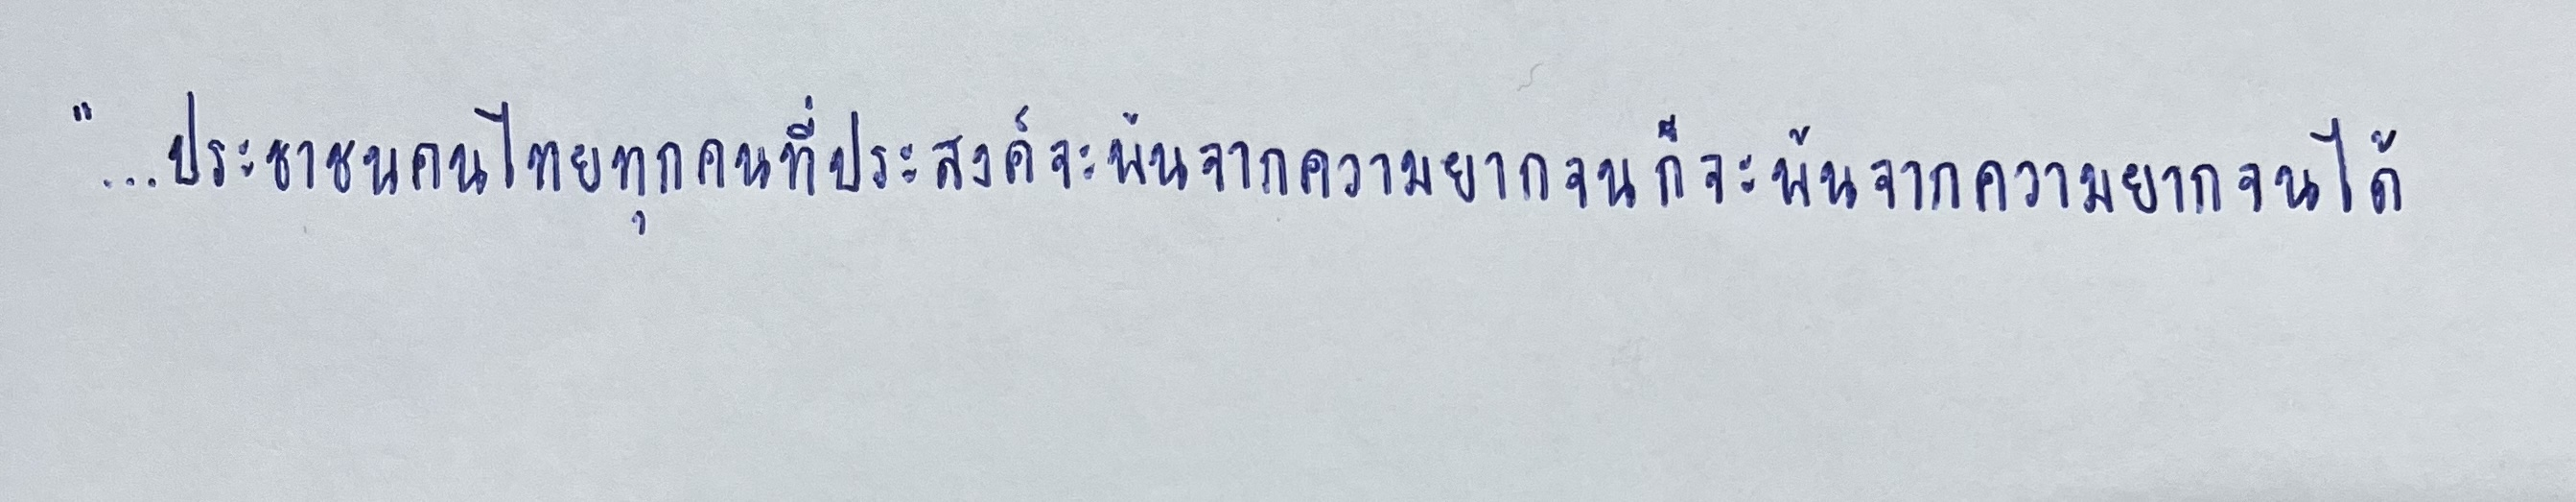
"...ประชาชนคนไทยทุกคนที่ประสงค์จะพ้นจากความยากจนก็จะพ้นจากความยากจนได้